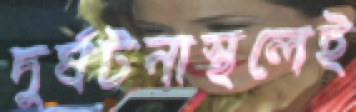
দুর্ঘটনাস্থলেই